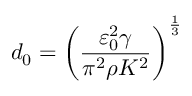
d _ { 0 } = \left( \frac { \varepsilon _ { 0 } ^ { 2 } \gamma } { \pi ^ { 2 } \rho K ^ { 2 } } \right) ^ { \frac { 1 } { 3 } }